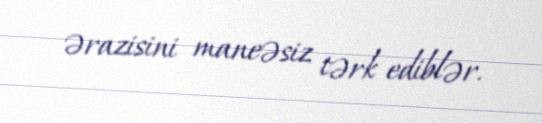
ərazisini maneəsiz tərk ediblər.